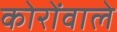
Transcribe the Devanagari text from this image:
कोरोंवाले